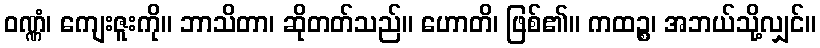
ဝဏ္ဏံ၊ ကျေးဇူးကို။ ဘာသိတာ၊ ဆိုတတ်သည်။ ဟောတိ၊ ဖြစ်၏။ ကထဉ္စ၊ အဘယ်သို့လျှင်။